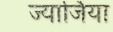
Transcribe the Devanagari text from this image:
ज्यार्जिया